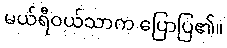
မယ်ရီဝယ်သာက ပြောပြ၏။